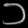
Digit: ၁